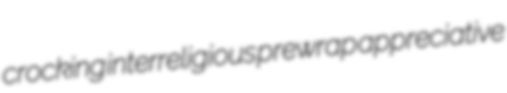
crocking interreligious prewrap appreciative